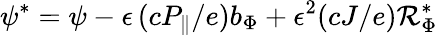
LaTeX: \psi^{*}=\psi-\epsilon\, (cP_{\| }/e)b_{\Phi}+\epsilon^{2}(cJ/e){\cal R}_{\Phi}^{*}